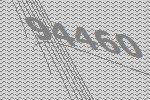
94460